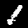
Label: 1